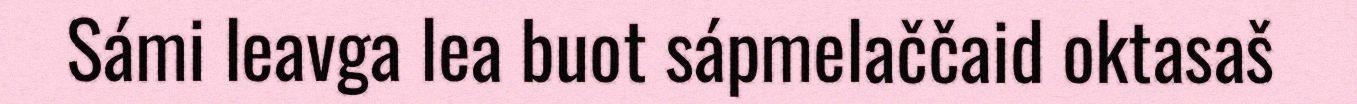
Sámi leavga lea buot sápmelaččaid oktasaš